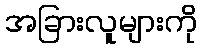
အခြားလူများကို